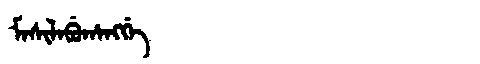
Manchu: ᠮᠠᠰᡳᠯᠠᠪᡠᡥᠠᠩᡤᡝ
Romanization: MASILABUHANGGE